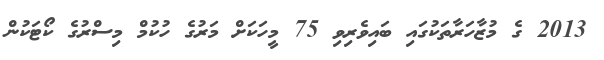
2013 ގެ މުޒާހަރާތަކުގައި ބައިވެރިވި 75 މީހަކަށް މަރުގެ ހުކުމް މިސްރުގެ ކޯޓަކުން